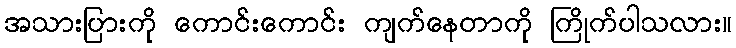
အသားပြားကို ကောင်းကောင်း ကျက်နေတာကို ကြိုက်ပါသလား။